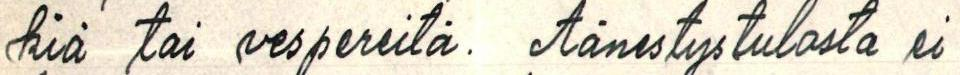
kiä tai vespereitä. Äänestystulosta ei